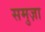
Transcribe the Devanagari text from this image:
समुज़ा